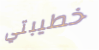
خطيبتي